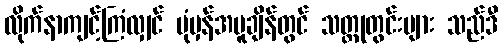
လိုက်နာကျင့်ကြံလျှင် ပုံမှန်အပူချိန်တွင် သတ္တုတွင်းများ သည်ဒီ